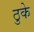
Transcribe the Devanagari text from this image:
ठुके